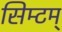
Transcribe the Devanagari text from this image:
सिम्टम्